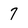
Character: 7